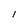
Character: l